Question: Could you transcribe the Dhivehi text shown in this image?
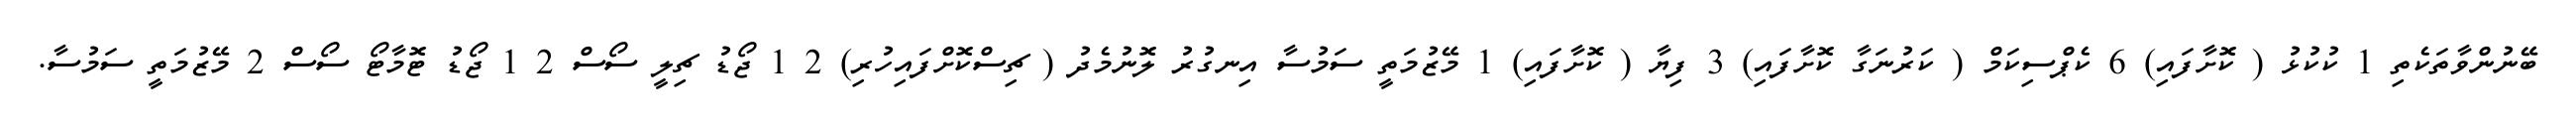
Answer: ބޭނުންވާތަކެތި 1 ކުކުޅު ( ކޮށާފައި) 6 ކެޕްސިކަމް ( ކަރުނަގާ ކޮށާފައި) 3 ފިޔާ ( ކޮށާފައި) 1 މޭޒުމަތީ ސަމުސާ އިނގުރު ލޮނުމެދު ( ޗިސްކޮށްފައިހުރި) 2 1 ޖޯޑު ޗިލީ ސޯސް 2 1 ޖޯޑު ޓޮމާޓޯ ސޯސް 2 މޭޒުމަތީ ސަމުސާ.